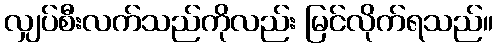
လျှပ်စီးလက်သည်ကိုလည်း မြင်လိုက်ရသည်။